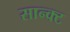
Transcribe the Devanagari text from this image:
सान्क्ट